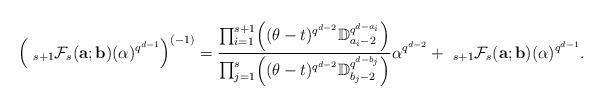
LaTeX: \begin{align*}\Bigl(~_{s+1}\mathcal{F}_s({\bf a};{\bf b})(\alpha)^{q^{d-1}}\Bigr)^{(-1)}=\frac{\prod_{i=1}^{s+1}\Bigl((\theta-t)^{q^{d-2}}\mathbb{D}_{a_i-2}^{q^{d-a_i}}\Bigr)}{\prod_{j=1}^s\Bigl((\theta-t)^{q^{d-2}}\mathbb{D}_{b_j-2}^{q^{d-b_j}}\Bigr)}\alpha^{q^{d-2}}+~_{s+1}\mathcal{F}_s({\bf a};{\bf b})(\alpha)^{q^{d-1}}.\end{align*}